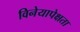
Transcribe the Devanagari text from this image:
विनेयापेक्षता